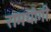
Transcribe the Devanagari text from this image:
रामयोगी